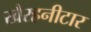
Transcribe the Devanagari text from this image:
खैरहनीटार